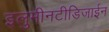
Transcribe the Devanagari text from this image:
इलुमीनटीडिजाईन